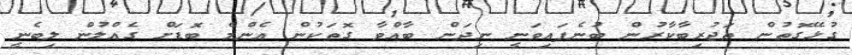
ގުޅޭގޮތުން ތަޖުރިބާކާރުން ބުނެފައިވަނީ ނިދަން ބާއްވާ ގޮތަކުން އެންމެ ބޮޑަށް ގެއްލުން ލިބެނީ